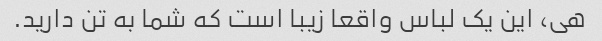
هی، این یک لباس واقعا زیبا است که شما به تن دارید.